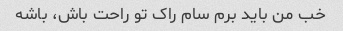
خب من باید برم سام راک تو راحت باش، باشه